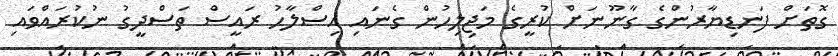
ގޮތަށް ފަނޑިޔާރުންގެ ގާނޫނަށް ކުރީގެ މަޖިލިހުން ގެނައި އިސްލާހު ރައީސް ތަސްދީގު ނުކުރައްވައި